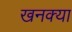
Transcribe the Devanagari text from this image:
खनक्या